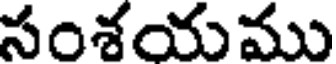
సంశయము